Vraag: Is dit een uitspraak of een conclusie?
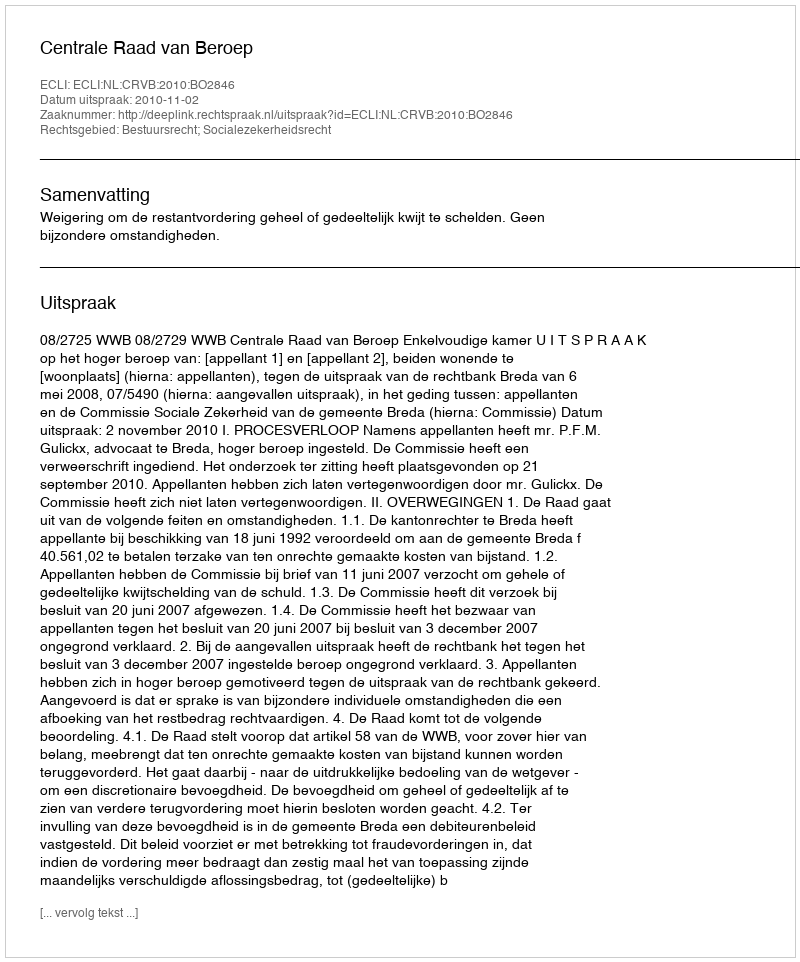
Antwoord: Uitspraak